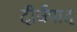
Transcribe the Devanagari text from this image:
दीर्घपाद